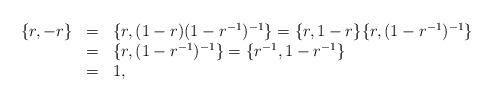
LaTeX: \begin{align*}\begin{array}{lcl} \{r,-r\}&=&\{r,(1-r)(1-r^{-1})^{-1}\}=\{r,1-r\}\{r,(1-r^{-1})^{-1}\}\\&=&\{r,(1-r^{-1})^{-1}\}=\{r^{-1},1-r^{-1}\}\\&=&1,\end{array}\end{align*}